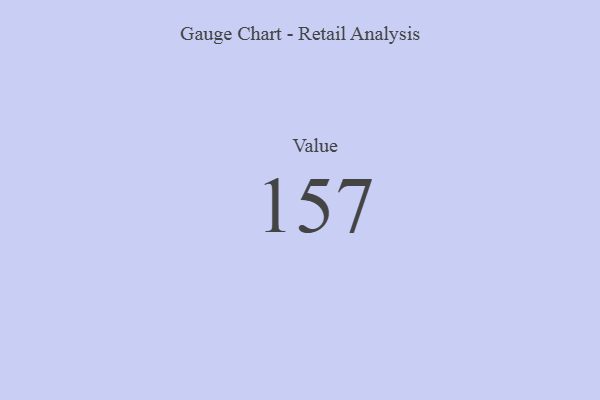
{"axis": {"x": "Metric", "y": "Value"}, "legend": [""], "data": [{"x": "Value", "y": 157, "type": ""}]}